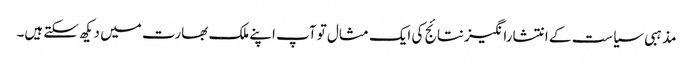
مذہبی سیاست کے انتشارانگیز نتائج کی ایک مثال تو آپ اپنے ملک بھارت میں دیکھ سکتے ہیں۔